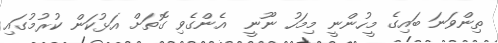
ތިންވަނަ ބައިގެ މީހުންނީ މިމަހު ނޫނީ  އެންގެވި ގޮތަށް އަޅުކަން ކުރުމުގައި